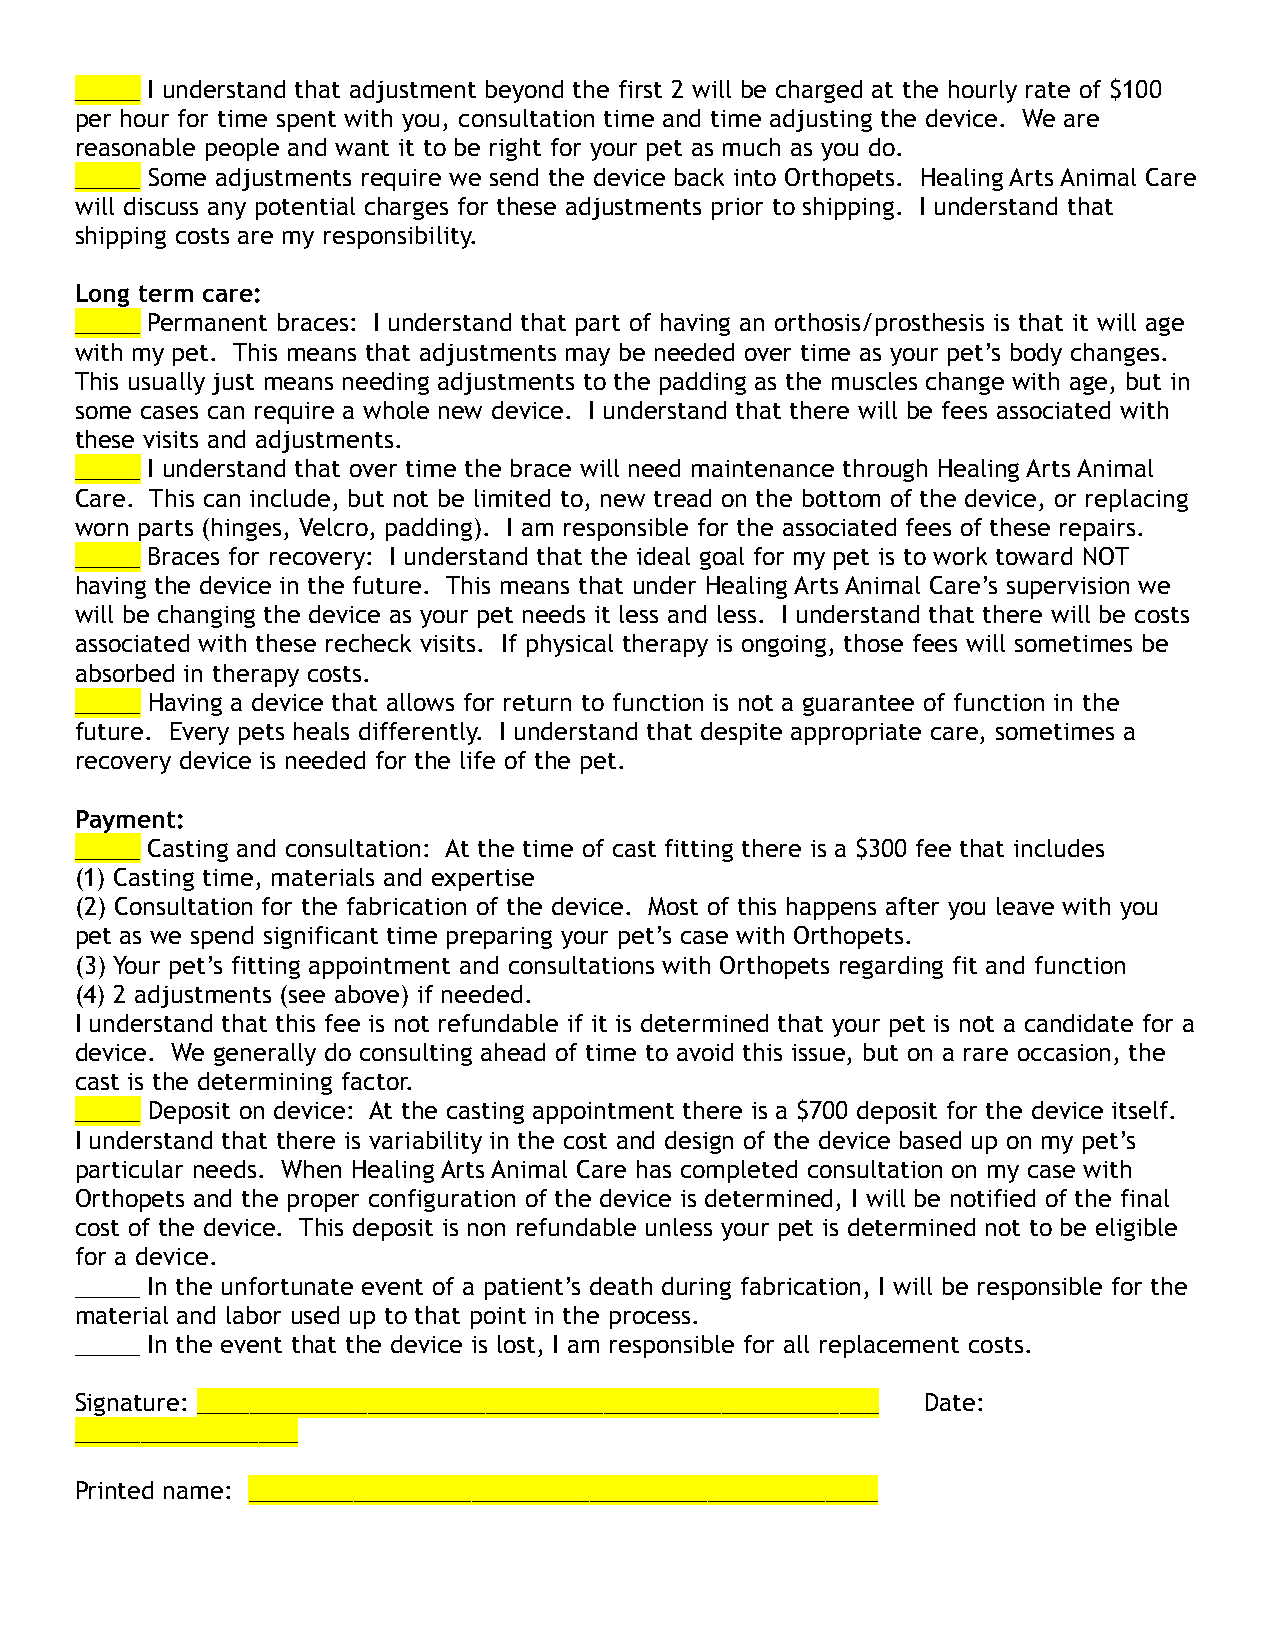
_____ I understand that adjustment beyond the first 2 will be charged at the hourly rate of $100
 per hour for time spent with you, consultation time and time adjusting the device. We are
 reasonable people and want it to be right for your pet as much as you do.
 _____ Some adjustments require we send the device back into Orthopets. Healing Arts Animal Care
 will discuss any potential charges for these adjustments prior to shipping. I understand that
 shipping costs are my responsibility.
 Long term care:
 _____ Permanent braces: I understand that part of having an orthosis/prosthesis is that it will age
 with my pet. This means that adjustments may be needed over time as your pet’s body changes.
 This usually just means needing adjustments to the padding as the muscles change with age, but in
 some cases can require a whole new device. I understand that there will be fees associated with
 these visits and adjustments.
 _____ I understand that over time the brace will need maintenance through Healing Arts Animal
 Care. This can include, but not be limited to, new tread on the bottom of the device, or replacing
 worn parts (hinges, Velcro, padding). I am responsible for the associated fees of these repairs.
 _____ Braces for recovery: I understand that the ideal goal for my pet is to work toward NOT
 having the device in the future. This means that under Healing Arts Animal Care’s supervision we
 will be changing the device as your pet needs it less and less. I understand that there will be costs
 associated with these recheck visits. If physical therapy is ongoing, those fees will sometimes be
 absorbed in therapy costs.
 _____ Having a device that allows for return to function is not a guarantee of function in the
 future. Every pets heals differently. I understand that despite appropriate care, sometimes a
 recovery device is needed for the life of the pet.
 Payment:
 _____ Casting and consultation: At the time of cast fitting there is a $300 fee that includes
 (1) Casting time, materials and expertise
 (2) Consultation for the fabrication of the device. Most of this happens after you leave with you
 pet as we spend significant time preparing your pet’s case with Orthopets.
 (3) Your pet’s fitting appointment and consultations with Orthopets regarding fit and function
 (4) 2 adjustments (see above) if needed.
 I understand that this fee is not refundable if it is determined that your pet is not a candidate for a
 device. We generally do consulting ahead of time to avoid this issue, but on a rare occasion, the
 cast is the determining factor.
 _____ Deposit on device: At the casting appointment there is a $700 deposit for the device itself.
 I understand that there is variability in the cost and design of the device based up on my pet’s
 particular needs. When Healing Arts Animal Care has completed consultation on my case with
 Orthopets and the proper configuration of the device is determined, I will be notified of the final
 cost of the device. This deposit is non refundable unless your pet is determined not to be eligible
 for a device.
 _____ In the unfortunate event of a patient’s death during fabrication, I will be responsible for the
 material and labor used up to that point in the process.
 _____ In the event that the device is lost, I am responsible for all replacement costs.
 Signature: ____________________________________________________ Date:
 _________________
 Printed name: ________________________________________________